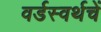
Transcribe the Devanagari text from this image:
वर्डस्वर्थचें